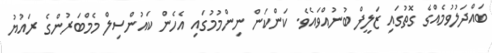
ބައްދަލުވުމެއްގެ ގޮތުގައި ޒަލީފް ބުނުއްވައެވެ. ކަންކަން ނިންމުމުގައި އެހެން ކައުންސިލް މެމްބަރުންގެ ރައުޔު